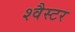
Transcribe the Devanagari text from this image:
श्वैस्टर